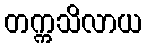
တက္ကသိလာယ